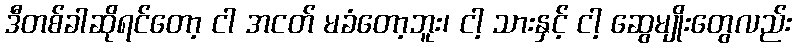
ဒီတစ်ခါဆိုရင်တော့ ငါ အငတ် မခံတော့ဘူး၊ ငါ့ သားနှင့် ငါ့ ဆွေမျိုးတွေလည်း